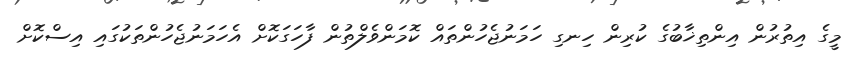
މީގެ އިތުރުން އިންތިޚާބުގެ ކުރިން ހިނގި ހަމަނުޖެހުންތައް ކޮމަންވެލްތުން ފާހަގަކޮށް އެހަމަނުޖެހުންތަކުގައި އިސްކޮށް